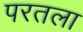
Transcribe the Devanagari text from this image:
परतला